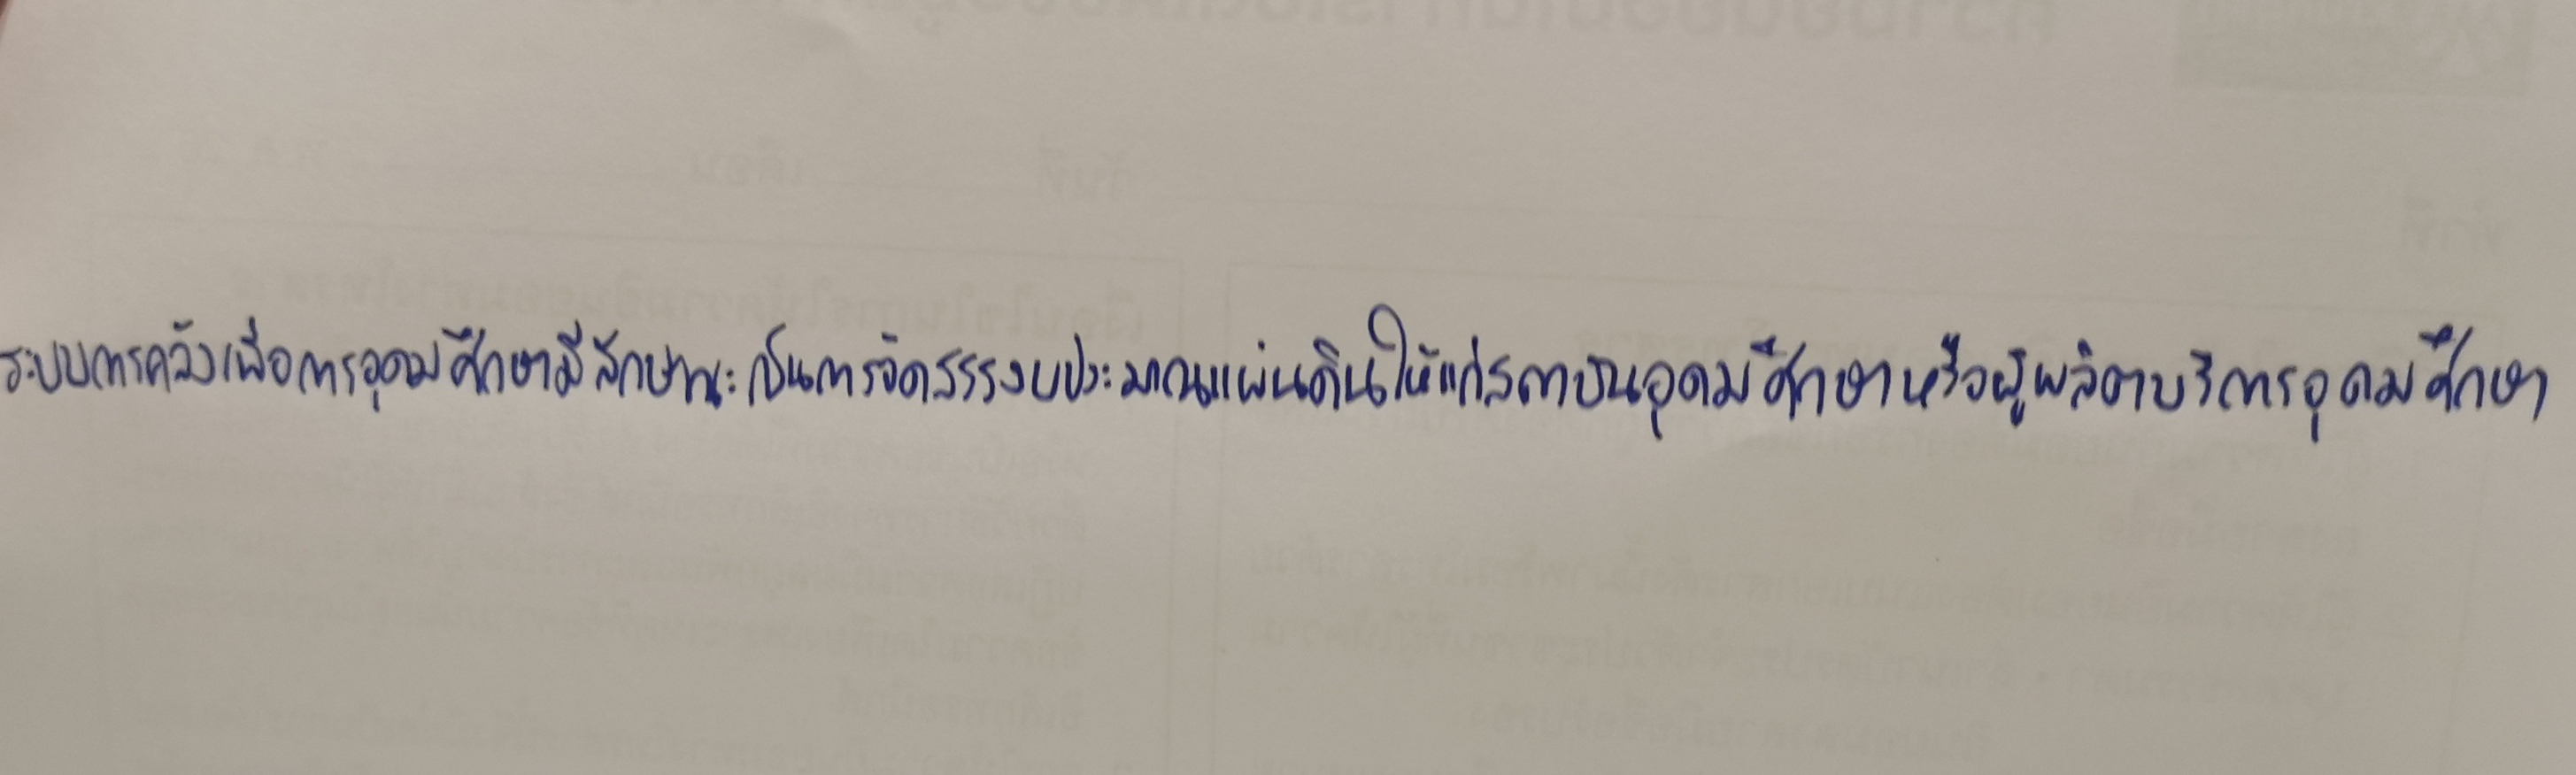
ระบบการคลังเพื่อการอุดมศึกษามีลักษณะเป็นการจัดสรรงบประมาณแผ่นดินให้แก่สถาบันอุดมศึกษาหรือผู้ผลิตบริการอุดมศึกษา